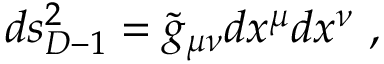
d s _ { D - 1 } ^ { 2 } = { \widetilde g } _ { \mu \nu } d x ^ { \mu } d x ^ { \nu } ~ ,